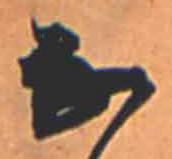
な